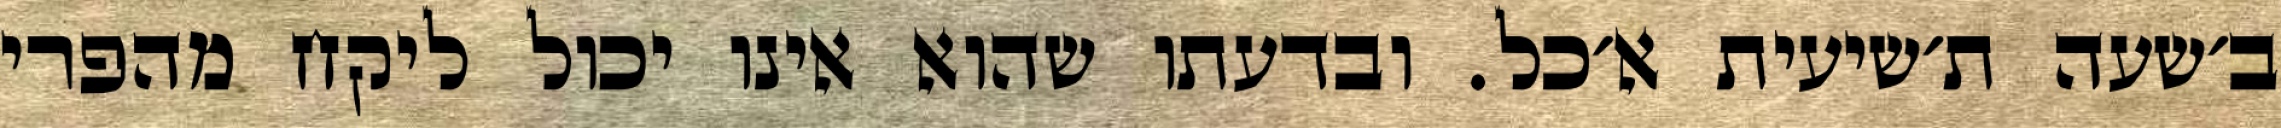
ב׳שעה ת׳שיעית א׳כל. ובדעתו שהוא אינו יכול ליקח מהפרי